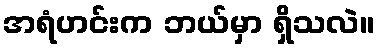
အရံဟင်းက ဘယ်မှာ ရှိသလဲ။